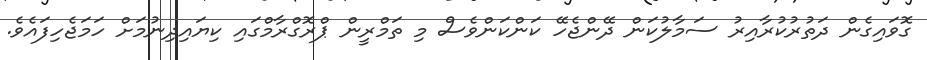
ގޮވައިގެން ދަތުރުކުރާއިރު ސަމާލުކަން ދޭންޖެހޭ ކަންކަންވެސް މި ތަމްރީން ޕްރޮގްރާމްގައި ކިޔައިދިނުމަށް ހަމަޖެހިފައެވެ.